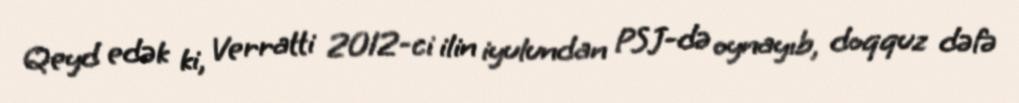
Qeyd edək ki, Verratti 2012-ci ilin iyulundan PSJ-də oynayıb, doqquz dəfə